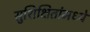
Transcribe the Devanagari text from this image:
सुशिक्षितांमध्ये